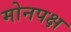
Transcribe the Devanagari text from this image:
मोनपक्ष